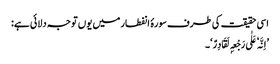
اسی حقیقت کی طرف سورۂ انفطار میں یوں توجہ دلائی ہے:
’اِنَّہٗ عَلٰی رَجْعِہٖ لَقَادِرٌ‘۔